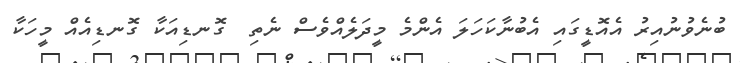
ބުނެވުނުއިރު އެއޮޑީގައި އެބުނާކަހަލަ އެންމެ މީދަލެއްވެސް ނެތި  ގޮނޑިއަކާ ގޮނޑިއެއް މީހަކާ